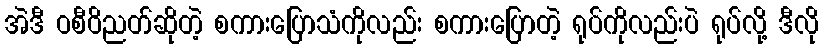
အဲဒီ ဝစီဝိညတ်ဆိုတဲ့ စကားပြောသံကိုလည်း စကားပြောတဲ့ ရုပ်ကိုလည်းပဲ ရုပ်လို့ ဒီလို